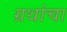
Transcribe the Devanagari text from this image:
ग्रथांचा